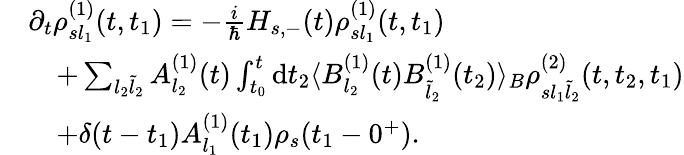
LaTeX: \begin{array}{rl}&{\partial_{t}\rho_{sl_{1}}^{(1)}(t,t_{1})=-\frac{i}{\hbar}H_{s,-}(t)\rho_{sl_{1}}^{(1)}(t,t_{1})}\\ &{\quad+\sum_{l_{2}\tilde{l}_{2}}A_{l_{2}}^{(1)}(t)\int_{t_{0}}^{t}\mathrm{d}t_{2}\langle B_{l_{2}}^{(1)}(t)B_{\tilde{l}_{2}}^{(1)}(t_{2})\rangle_{B}\rho_{sl_{1}\tilde{l}_{2}}^{(2)}(t,t_{2},t_{1})}\\ &{\quad+\delta(t-t_{1})A_{l_{1}}^{(1)}(t_{1})\rho_{s}(t_{1}-0^{+}).}\end{array}